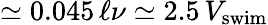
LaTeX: \simeq 0.045\, \ell\nu\simeq 2.5\, V_{\mathrm{swim}}